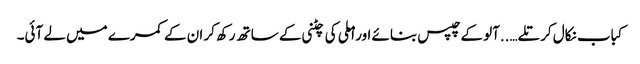
کباب نکال کر تلے…..آلو کے چپس بنائے اور املی کی چٹنی کے ساتھ رکھ کر ان کے کمرے میں لے آئی۔